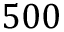
5 0 0